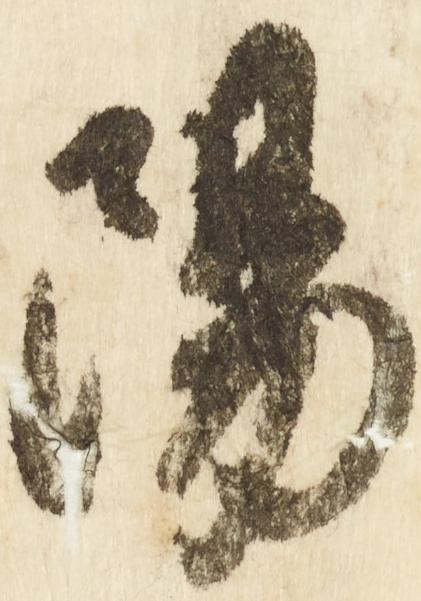
陽